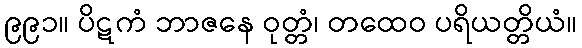
၉၉၁။ ပိဋကံ ဘာဇနေ ဝုတ္တံ၊ တထေဝ ပရိယတ္တိယံ။